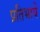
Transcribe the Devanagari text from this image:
प्रतिभायें